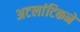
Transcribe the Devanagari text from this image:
अटलांटिकने